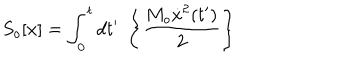
S _ { o } [ x ] = \int _ { 0 } ^ { t } { d t ^ { \prime } } \; \left\{ \frac { M _ { o } \dot { x } ^ { 2 } ( t ^ { \prime } ) } { 2 } \right\}